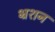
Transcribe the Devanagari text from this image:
भ्रशन